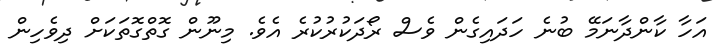
އަހާ ކާންދާނަމޭ ބުނެ ހަދައިގެން ވެސް ރޯދަކުރުކުރެ އެވެ. މިނޫން ގޮތްގޮތަކަށް ދިވެހިން